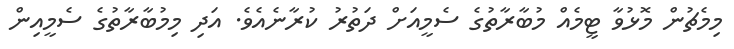
މިމެޗުން މޮޅުވާ ޓީމެއް މުބާރާތުގެ ސެމީއަށް ދަތުރު ކުރާނެއެވެ. އަދި މިމުބާރާތުގެ ސެމީއިން